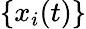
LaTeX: \{ x_{i}(t)\}